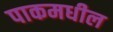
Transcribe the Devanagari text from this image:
पाकमधील